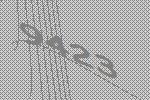
9423